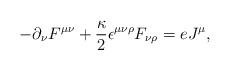
LaTeX: \begin{align*}- \partial_{\nu} F^{\mu\nu} + \frac{\kappa}{2} {\epsilon}^{\mu\nu\rho} F_{\nu\rho} = eJ^{\mu},\end{align*}